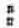
: